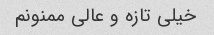
خیلی تازه و عالی ممنونم